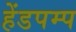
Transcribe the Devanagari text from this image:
हेंडपम्प